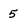
Character: 5